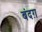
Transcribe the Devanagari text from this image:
बंदग़